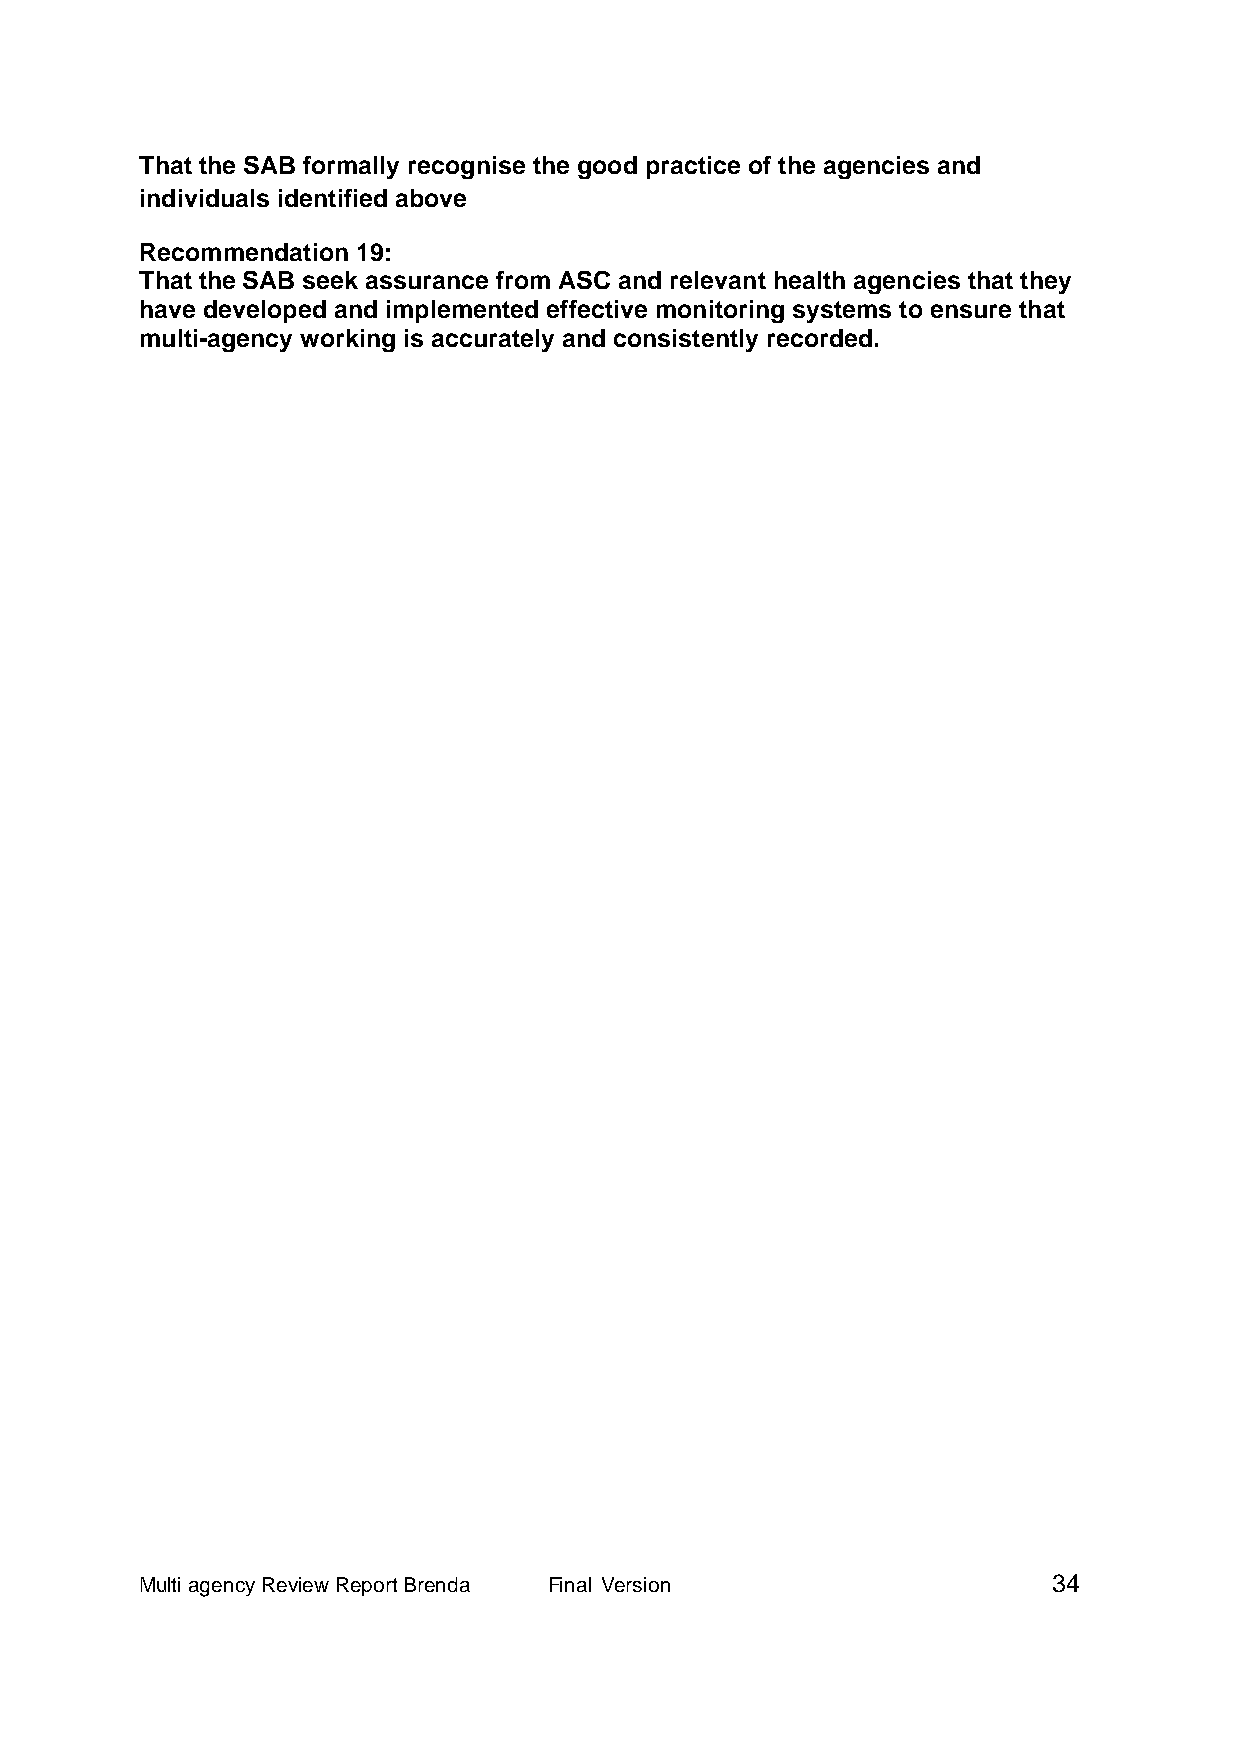
That the SAB formally recognise the good practice of the agencies and
 individuals identified above
 Recommendation 19:
 That the SAB seek assurance from ASC and relevant health agencies that they
 have developed and implemented effective monitoring systems to ensure that
 multi-agency working is accurately and consistently recorded.
 Multi agency Review Report Brenda Final Version              34